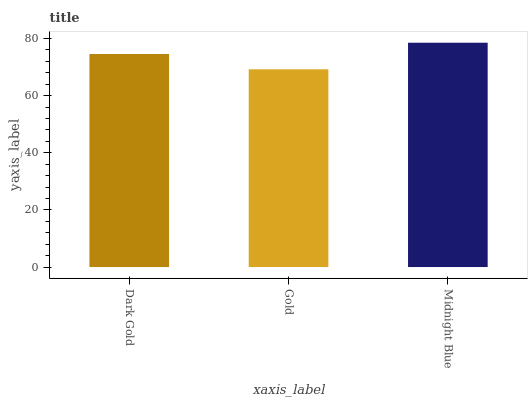
| xaxis_label | bars |
 | --- | --- |
 | Dark Gold | 74.6 |
 | Gold | 69.2 |
 | Midnight Blue | 78.5 |